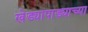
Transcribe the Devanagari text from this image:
खेड्यापाड्याच्या